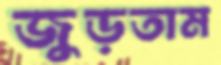
জুড়তাম